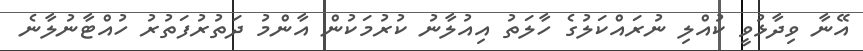
އޭނާ ވިދާޅުވީ ކުއްލި ނުރައްކަލުގެ ހާލަތު އިއުލާނު ކުރުމަކުން އާންމު ދަތުރުފަތުރު ހުއްޓާނުލާނެ